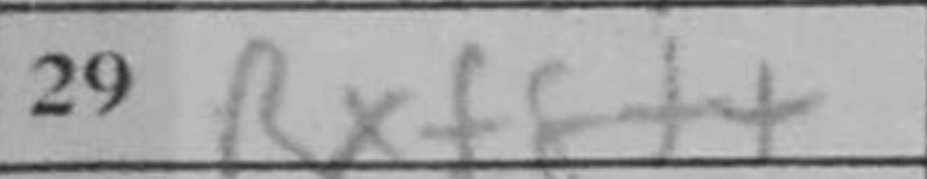
Transcription: Rxe8+